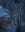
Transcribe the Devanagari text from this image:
वैर्ले